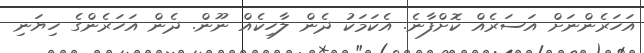
އަހަރެންނަށް އަސަރެއް ކޮށްފާނެ. އެކަމަކު ދެން ލާހިކެއް ނޫން. ދެން އަހަރެންގެ ހިޔަނި